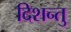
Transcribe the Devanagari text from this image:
दिशन्तु